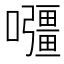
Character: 𭌡